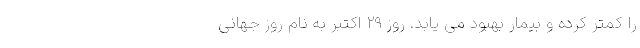
را کمتر کرده و بیمار بهبود می یابد. روز ۲۹ اکتبر به نام روز جهانی